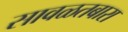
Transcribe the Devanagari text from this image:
सावळतबारा